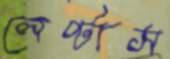
লেপ্‌টাস